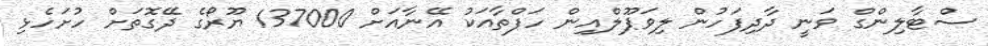
ސްޓާލިންގް ވަނީ ދާދިފަހުން ލިވަޕޫލްއިން ހަފްތާއަކު އޭނާއަށް 137000 ޔޫރޯގެ ދޭގޮތަށް ހުށަހެޅި